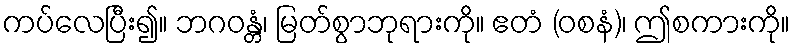
ကပ်လေပြီး၍။ ဘဂဝန္တံ၊ မြတ်စွာဘုရားကို။ ဧတံ (ဝစနံ)၊ ဤစကားကို။